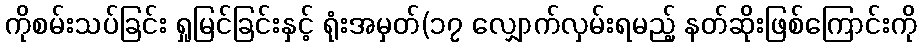
ကိုစမ်းသပ်ခြင်း ရှုမြင်ခြင်းနှင့် ရုံးအမှတ်(၁၇ လျှောက်လှမ်းရမည့် နတ်ဆိုးဖြစ်ကြောင်းကို